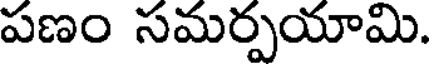
పణం సమర్పయామి.